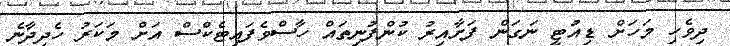
ދިވެހި މަހަށް ޑިއުޓީ ނަގަން ފަށާއިރު ކުންފުނިތައް ހާސްވެފައިޓެކްސް އަށް މަކަރު ހެދިދާނެ